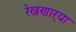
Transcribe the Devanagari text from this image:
रेखणाऱ्या